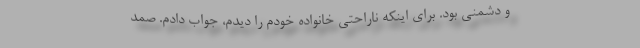
و دشمنی بود. برای اینکه ناراحتی خانواده خودم را دیدم، جواب دادم. صمد